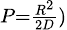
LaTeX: \scriptstyle P={\frac{R^{2}}{2D}})